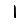
Digit: 1